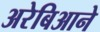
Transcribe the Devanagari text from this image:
अरेबिआने